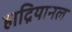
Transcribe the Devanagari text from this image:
हाद्रियानल